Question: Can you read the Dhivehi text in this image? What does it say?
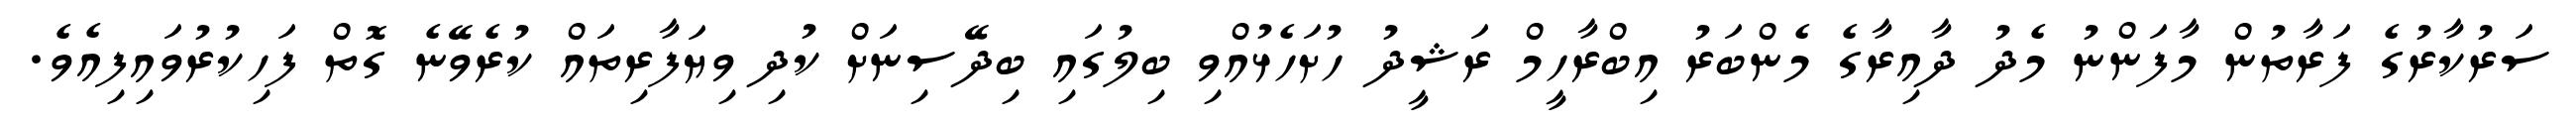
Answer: ސަރުކާރުގެ ފަރާތުން މާފަންނު މެދު ދާއިރާގެ މެންބަރު އިބްރާހީމް ރަޝީދު ހުށަހެޅުއްވި ބިލުގައި ބިދޭސިނަށް ކުދި ވިޔަފާރިތައް ކުރެވޭނެ ގޮތް ފަހިކުރުވައިފިއެވެ.